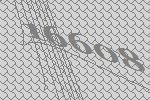
16608